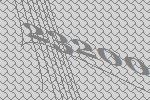
23200